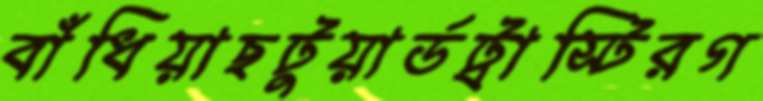
বাঁধিয়াছটুয়ার্ডট্রাস্টিরগ